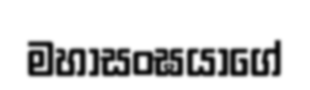
මහාසංඝයාගේ